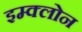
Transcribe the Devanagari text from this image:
इम्‍क्‍लोन